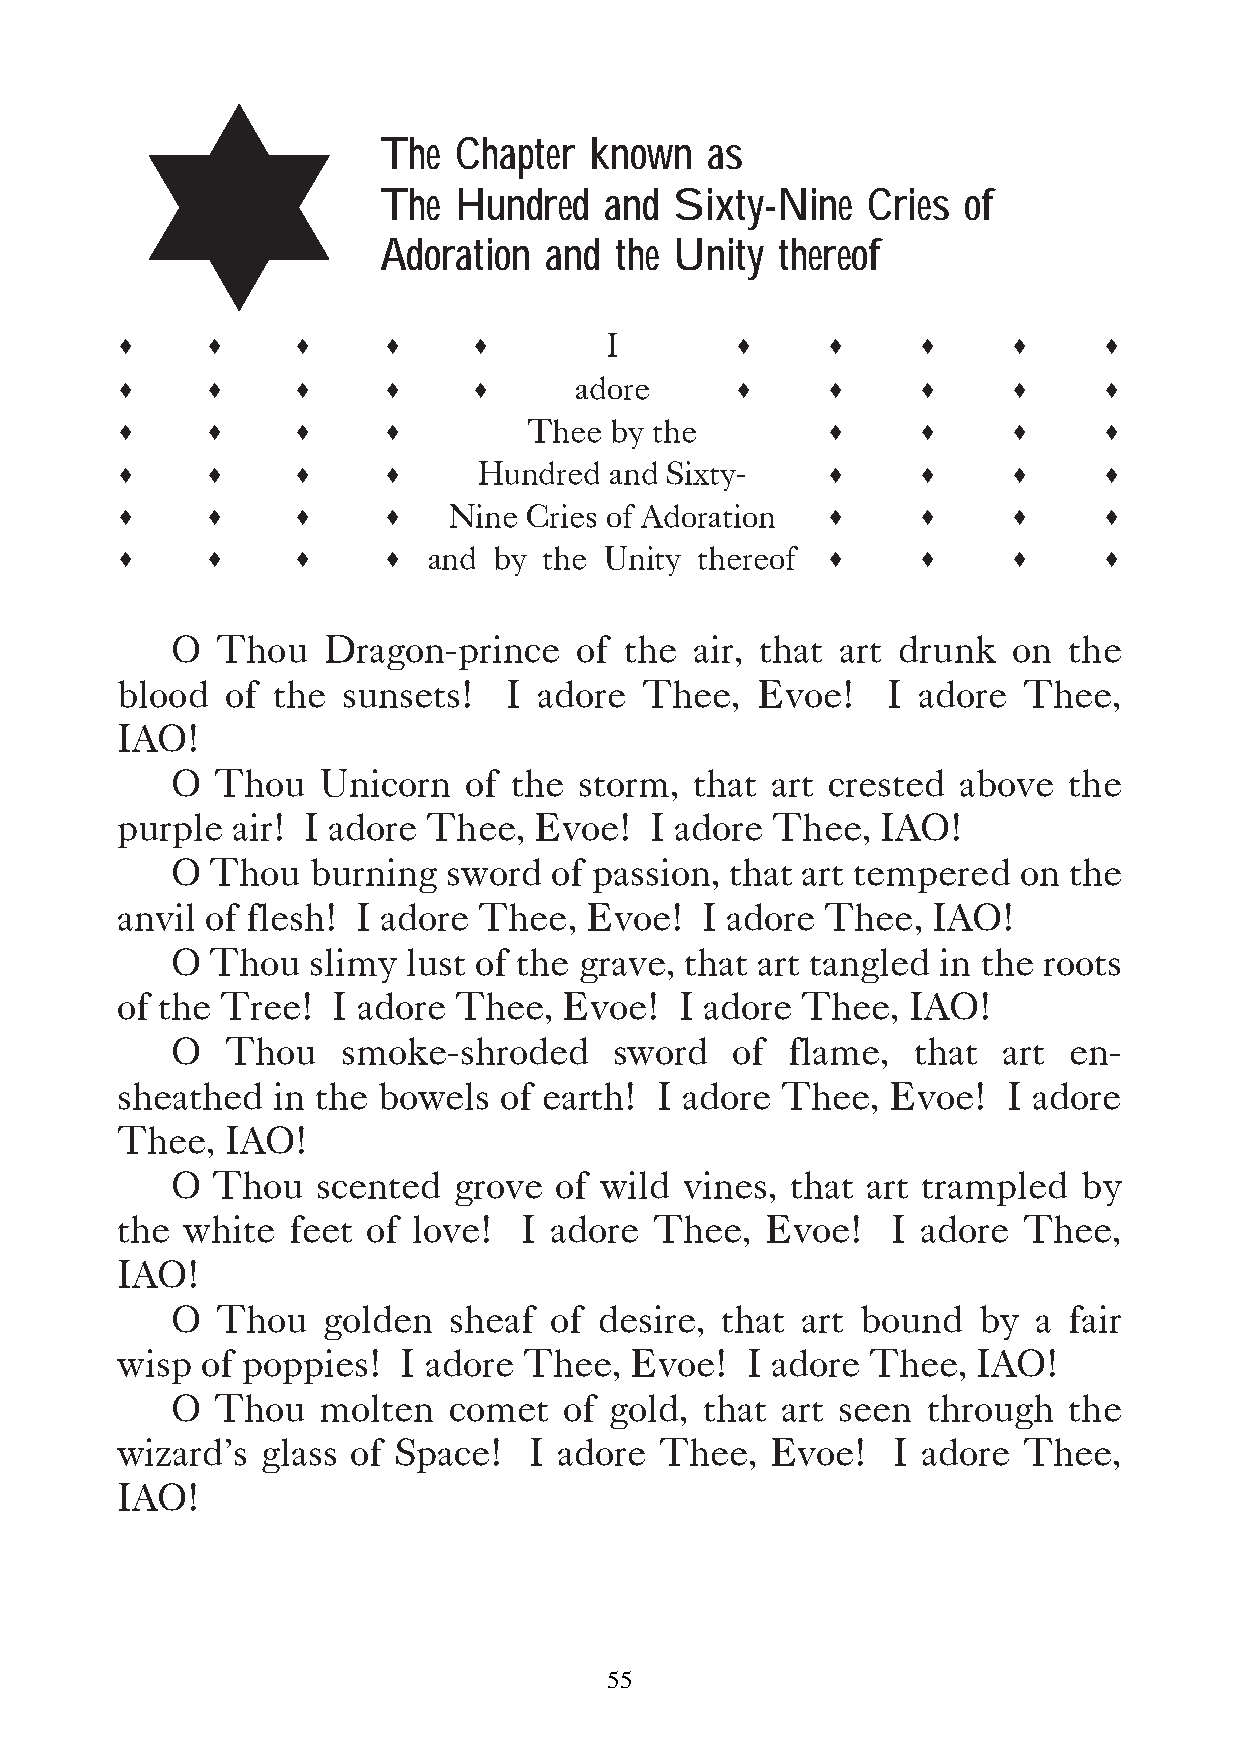
The  Chapter  known   as
 The  Hundred   and  Sixty-Nine  Cries  of
 Adoration  and  the Unity  thereof
 s     s    s     s     s                 s     s     s     s     s
 I
 s     s    s     s     s                 s     s     s     s     s
 adore
 s     s    s     s                             s     s     s     s
 Thee by the
 s     s    s     s                             s     s     s     s
 Hundred and Sixty-
 s     s    s     s                             s     s     s     s
 Nine Cries of Adoration
 s     s    s     s                             s     s     s     s
 and  by the Unity thereof
 O  Thou   Dragon-prince    of the  air, that art drunk  on  the
 blood  of the  sunsets!  I  adore  Thee,  Evoe!    I adore  Thee,
 IAO!
 O  Thou   Unicorn   of the storm,  that art crested above   the
 purple air! I adore Thee,  Evoe!   I adore Thee,  IAO!
 O  Thou   burning  sword of passion, that art tempered  on  the
 anvil of flesh! I adore Thee,  Evoe!  I adore  Thee,  IAO!
 O  Thou   slimy lust of the grave, that art tangled in the roots
 of the Tree!  I adore Thee,  Evoe!   I adore Thee,  IAO!
 O   Thou    smoke-shroded     sword   of flame,  that  art  en-
 sheathed  in the bowels  of earth!  I adore Thee,  Evoe!   I adore
 Thee,  IAO!
 O  Thou   scented  grove  of wild vines, that art trampled   by
 the white  feet of love!   I adore Thee,   Evoe!   I adore  Thee,
 IAO!
 O  Thou   golden   sheaf of  desire, that art bound   by  a fair
 wisp of poppies!   I adore Thee,  Evoe!  I adore  Thee,  IAO!
 O  Thou   molten   comet  of gold,  that art seen through   the
 wizard’s glass of Space!   I adore  Thee,  Evoe!   I adore  Thee,
 IAO!
 55